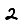
Digit: 2